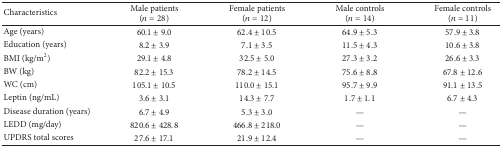
<table><thead><tr><td><b>Characteristics </b></td><td><b>Male patients(<i>n</i> = 28)</b></td><td><b>Female patients(<i>n</i> = 12)</b></td><td><b>Male controls(<i>n</i> = 14)</b></td><td><b>Female controls(<i>n</i> = 11)</b></td></tr></thead><tbody><tr><td>Age (years)</td><td>60.1 ± 9.0</td><td>62.4 ± 10.5</td><td>64.9 ± 5.3</td><td>57.9 ± 3.8</td></tr><tr><td>Education (years)</td><td>8.2 ± 3.9</td><td>7.1 ± 3.5</td><td>11.5 ± 4.3</td><td>10.6 ± 3.8</td></tr><tr><td>BMI (kg/m<sup>2</sup>)</td><td>29.1 ± 4.8</td><td>32.5 ± 5.0</td><td>27.3 ± 3.2</td><td>26.6 ± 3.3</td></tr><tr><td>BW (kg)</td><td>82.2 ± 15.3</td><td>78.2 ± 14.5</td><td>75.6 ± 8.8</td><td>67.8 ± 12.6</td></tr><tr><td>WC (cm)</td><td>105.1 ± 10.5</td><td>110.0 ± 15.1</td><td>95.7 ± 9.9</td><td>91.1 ± 13.5</td></tr><tr><td>Leptin (ng/mL)</td><td>3.6 ± 3.1</td><td>14.3 ± 7.7</td><td>1.7 ± 1.1</td><td>6.7 ± 4.3</td></tr><tr><td>Disease duration (years)</td><td>6.7 ± 4.9</td><td>5.3 ± 3.0</td><td>—</td><td>—</td></tr><tr><td>LEDD (mg/day)</td><td>820.6 ± 428.8</td><td>466.8 ± 218.0</td><td>—</td><td>—</td></tr><tr><td>UPDRS total scores</td><td>27.6 ± 17.1</td><td>21.9 ± 12.4</td><td>—</td><td>—</td></tr></tbody></table>